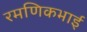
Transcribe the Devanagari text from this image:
रमणिकभाई